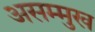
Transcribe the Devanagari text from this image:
असम्मुख